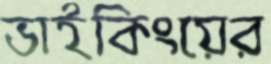
ভাইকিংয়ের